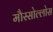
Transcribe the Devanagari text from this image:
मौस्सोल्लोस